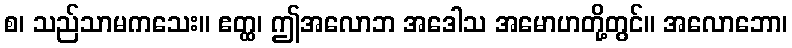
စ၊ သည်သာမကသေး။ ဧတ္ထ၊ ဤအလောဘ အဒေါသ အမောဟတို့တွင်။ အလောဘော၊